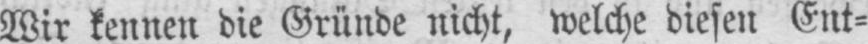
Wir kennen die Gründe nicht, welche diesen Ent⸗